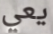
يعي